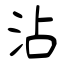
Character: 沾